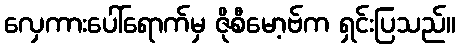
လှေကားပေါ်ရောက်မှ ဇိုစီမော့ဗ်က ရှင်းပြသည်။